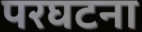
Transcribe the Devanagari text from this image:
परघटना